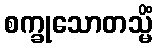
စက္ခုသောတသ္မိံ